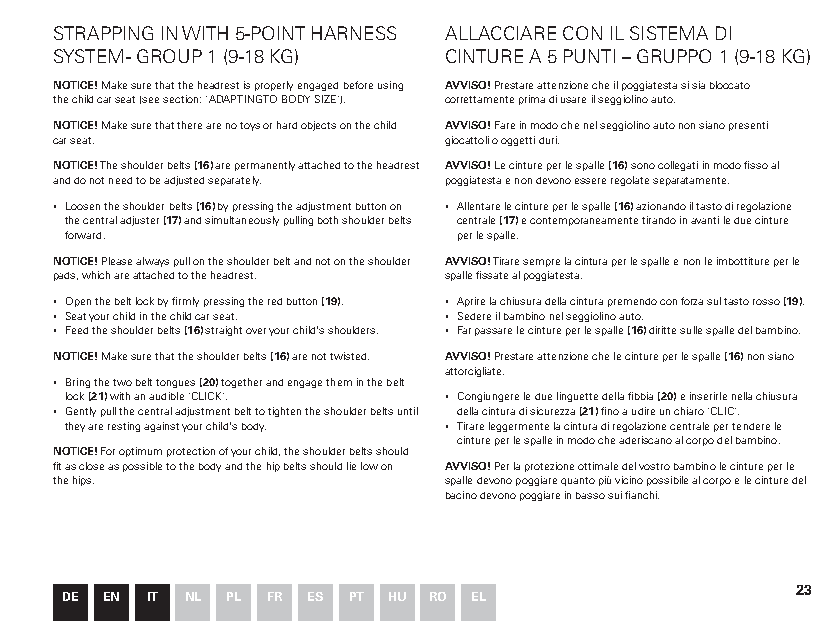
STRAPPING IN WITH 5-POINT HARNESS ALLACCIARE CON IL SISTEMA DI
 SYSTEM - GROUP 1 (9-18 KG) CINTURE A 5 PUNTI – GRUPPO 1 (9-18 KG)
 NOTICE! Make sure that the headrest is properly engaged before using AVVISO! Prestare attenzione che il poggiatesta si sia bloccato
 the child car seat (see section: "ADAPTING TO BODY SIZE"). correttamente prima di usare il seggiolino auto.
 NOTICE! Make sure that there are no toys or hard objects on the child AVVISO! Fare in modo che nel seggiolino auto non siano presenti
 car seat.                giocattoli o oggetti duri.
 NOTICE! The shoulder belts (16) are permanently attached to the headrest AVVISO! Le cinture per le spalle (16) sono collegati in modo fisso al
 and do not need to be adjusted separately. poggiatesta e non devono essere regolate separatamente.
 ▪ Loosen the shoulder belts (16) by pressing the adjustment button on ▪ Allentare le cinture per le spalle (16) azionando il tasto di regolazione
 the central adjuster (17) and simultaneously pulling both shoulder belts centrale (17) e contemporaneamente tirando in avanti le due cinture
 forward.                  per le spalle.
 NOTICE! Please always pull on the shoulder belt and not on the shoulder AVVISO! Tirare sempre la cintura per le spalle e non le imbottiture per le
 pads, which are attached to the headrest. spalle fissate al poggiatesta.
 ▪ Open the belt lock by firmly pressing the red button (19). ▪ Aprire la chiusura della cintura premendo con forza sul tasto rosso (19).
 ▪ Seat your child in the child car seat. ▪ Sedere il bambino nel seggiolino auto.
 ▪ Feed the shoulder belts (16) straight over your child's shoulders. ▪ Far passare le cinture per le spalle (16) diritte sulle spalle del bambino.
 NOTICE! Make sure that the shoulder belts (16) are not twisted. AVVISO! Prestare attenzione che le cinture per le spalle (16) non siano
 attorcigliate.
 ▪ Bring the two belt tongues (20) together and engage them in the belt
 lock (21) with an audible "CLICK". ▪ Congiungere le due linguette della fibbia (20) e inserirle nella chiusura
 ▪ Gently pull the central adjustment belt to tighten the shoulder belts until della cintura di sicurezza (21) fino a udire un chiaro "CLIC".
 they are resting against your child's body. ▪ Tirare leggermente la cintura di regolazione centrale per tendere le
 cinture per le spalle in modo che aderiscano al corpo del bambino.
 NOTICE! For optimum protection of your child, the shoulder belts should
 fit as close as possible to the body and the hip belts should lie low on AVVISO! Per la protezione ottimale del vostro bambino le cinture per le
 the hips.                spalle devono poggiare quanto più vicino possibile al corpo e le cinture del
 bacino devono poggiare in basso sui fianchi.
 23
 DE EN IT NL PL FR ES PT HU RO EL